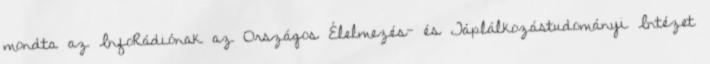
mondta az InfoRádiónak az Országos Élelmezés- és Táplálkozástudományi Intézet